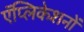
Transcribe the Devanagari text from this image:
ऍप्लिकेशनों